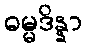
ဓမ္မဒိန္နာ